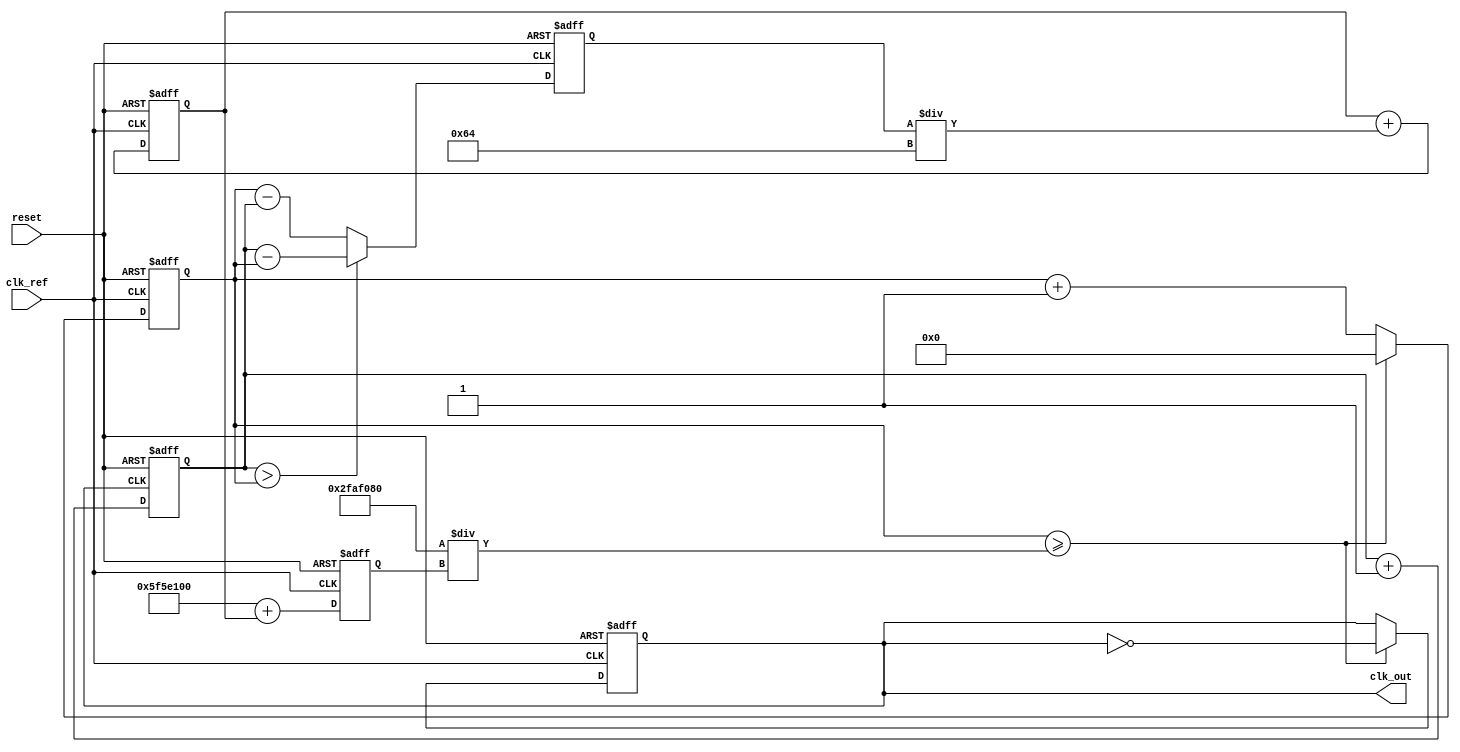
module pll (
    input wire clk_ref,          // Reference clock input
    input wire reset,            // Reset signal
    output reg clk_out           // Output clock
);

    // Parameters
    parameter integer REF_FREQ = 50_000_000; // Reference frequency in Hz
    parameter integer OUT_FREQ = 100_000_000; // Desired output frequency in Hz
    parameter integer LOOP_BW = 100;           // Loop bandwidth (example value)
    
    // Internal signals
    reg [31:0] phase_error;      // Phase error signal
    reg [31:0] control_voltage;   // Control voltage for VCO
    reg [31:0] vco_frequency;     // Frequency of the VCO
    reg [31:0] vco_counter;       // VCO counter for clock generation
    reg [31:0] feedback_counter;   // Feedback counter for phase comparison

    // Phase Detector (PD)
    always @(posedge clk_ref or posedge reset) begin
        if (reset) begin
            phase_error <= 0;
        end else begin
            // Simple phase error detection logic
            if (feedback_counter > vco_counter) begin
                phase_error <= feedback_counter - vco_counter; // Lagging
            end else begin
                phase_error <= vco_counter - feedback_counter; // Leading
            end
        end
    end

    // Loop Filter (LF)
    always @(posedge clk_ref or posedge reset) begin
        if (reset) begin
            control_voltage <= 0;
        end else begin
            // Simple first-order loop filter
            control_voltage <= control_voltage + (phase_error / LOOP_BW);
        end
    end

    // Voltage-Controlled Oscillator (VCO)
    always @(posedge clk_ref or posedge reset) begin
        if (reset) begin
            vco_frequency <= OUT_FREQ;
            vco_counter <= 0;
            clk_out <= 0;
        end else begin
            // Adjust VCO frequency based on control voltage
            vco_frequency <= OUT_FREQ + control_voltage; // Adjust frequency
            
            // Generate output clock based on VCO frequency
            if (vco_counter >= (REF_FREQ / vco_frequency)) begin
                clk_out <= ~clk_out; // Toggle output clock
                vco_counter <= 0;
            end else begin
                vco_counter <= vco_counter + 1;
            end
        end
    end

    // Feedback Path
    always @(posedge clk_out or posedge reset) begin
        if (reset) begin
            feedback_counter <= 0;
        end else begin
            feedback_counter <= feedback_counter + 1; // Count feedback clock cycles
        end
    end

endmodule